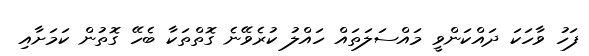
ފަހު ވާހަކަ ދައްކަންވީ މައްސަލަތައް ހައްލު ކުރެވޭނެ ގޮތްތަކާ ބެހޭ ގޮތުން ކަމަށާއި